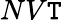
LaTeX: NV\mathtt{T}